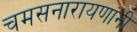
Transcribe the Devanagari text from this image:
चमसनारायणांनी